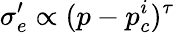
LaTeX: \sigma_{e}^{\prime}\propto(p-p_{c}^{i})^{\tau}